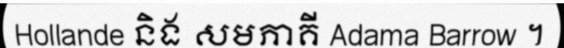
Hollande និង សមភាគី Adama Barrow ។